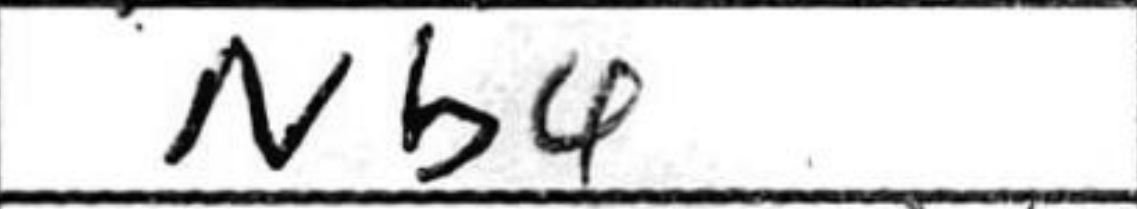
Transcription: Nb4